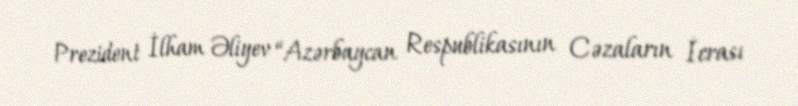
Prezident İlham Əliyev “Azərbaycan Respublikasının Cəzaların İcrası